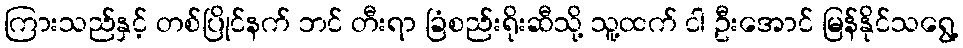
ကြားသည်နှင့် တစ်ပြိုင်နက် ဘင် တီးရာ ခြံစည်းရိုးဆီသို့ သူ့ထက် ငါ ဦးအောင် မြန်နိုင်သရွေ့